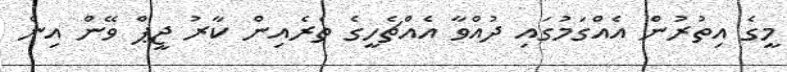
މީގެ އިތުރުން އެއްގަމުގައި ދުއްވާ އެއްޗެހީގެ ތެރެއިން ކާރު ޖީޕް ވޭން އިން